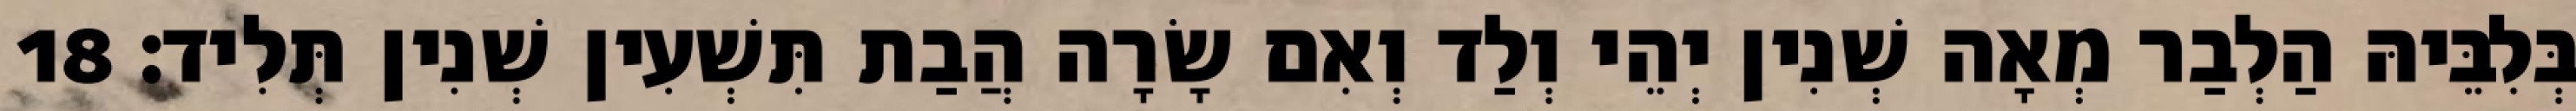
בְּלִבֵּיהּ הַלְבַר מְאָה שְׁנִין יְהֵי וְלַד וְאִם שָׂרָה הֲבַת תִּשְׁעִין שְׁנִין תְּלִיד׃ 18